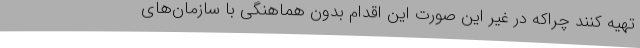
تهیه کنند چراکه در غیر این صورت این اقدام بدون هماهنگی با سازمان‌های